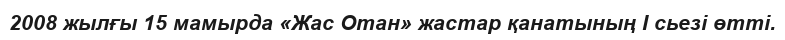
2008 жылғы 15 мамырда «Жас Отан» жастар қанатының І сьезі өтті.